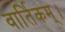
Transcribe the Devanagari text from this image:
वार्तिकम्।